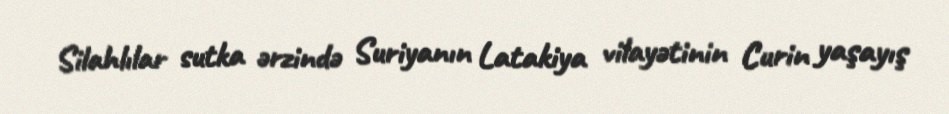
Silahlılar sutka ərzində Suriyanın Latakiya vilayətinin Curin yaşayış